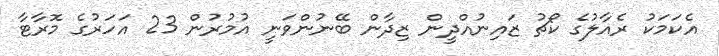
އެކަމަކު ރެއާލުގެ ކޯޗު ޒައިނުއްދީން ޒިދާން ބޭނުންވަނީ އުމުރުން 23 އަހަރުގެ މޮރާޓާ